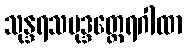
သုန္ဒရသမုဒ္ဒတ္ထေရဂါထာ